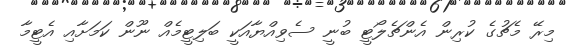
މިރޭ މެޗުގެ ކުރިން އެންޗެލޯޓީ ބުނީ ސެވިއްޔާއަކީ ބަލިޓީމެއް ނޫން ކަމަށާއި އެޓީމާ